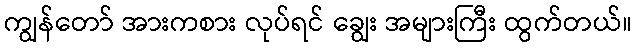
ကျွန်တော် အားကစား လုပ်ရင် ချွေး အများကြီး ထွက်တယ်။